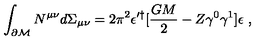
\int _ { \partial { \cal M } } N ^ { \mu \nu } d \Sigma _ { \mu \nu } = 2 \pi ^ { 2 } \epsilon ^ { \prime \dagger } [ { \frac { G M } { 2 } } - Z \gamma ^ { 0 } \gamma ^ { 1 } ] \epsilon \ ,